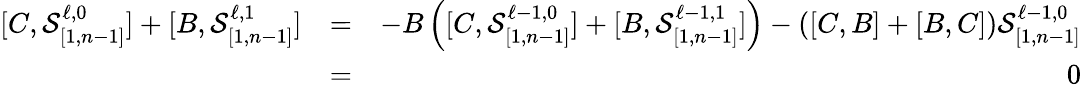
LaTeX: \begin{array}{rlr}{[C,\mathcal{S}_{[1,n-1]}^{\ell,0}]+[B,\mathcal{S}_{[1,n-1]}^{\ell,1}]}&{=}&{-B\left([C,\mathcal{S}_{[1,n-1]}^{\ell-1,0}]+[B,\mathcal{S}_{[1,n-1]}^{\ell-1,1}]\right)-([C,B]+[B,C])\mathcal{S}_{[1,n-1]}^{\ell-1,0}}\\ &{=}&{0}\end{array}